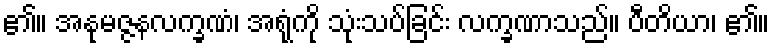
၏။ အနုမဇ္ဇနလက္ခဏံ၊ အရုံကို သုံးသပ်ခြင်း လက္ခဏာသည်။ ပီတိယာ၊ ၏။